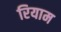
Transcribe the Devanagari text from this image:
रियाम